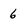
Character: 6